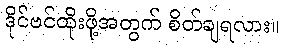
ဒိုင်ဗင်ထိုးဖို့အတွက် စိတ်ချရလား။